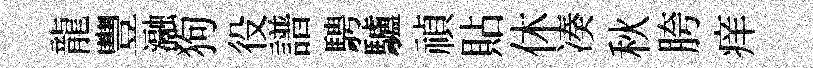
龍豐瀜狗役譜騁驢禎貼休凑秋胯痒